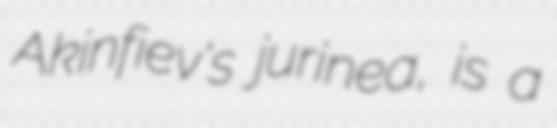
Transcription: Akinfiev's jurinea, is a